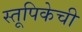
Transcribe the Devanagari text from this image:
स्तूपिकेची